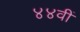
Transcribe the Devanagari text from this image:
४४वीं